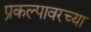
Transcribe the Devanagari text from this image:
प्रकल्पावरच्या